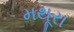
મથૂરા